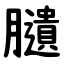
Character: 䑊